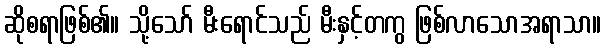
ဆိုစရာဖြစ်၏။ သို့သော် မီးရောင်သည် မီးနှင့်တကွ ဖြစ်လာသောအရာသာ။